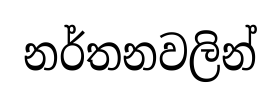
නර්තනවලින්